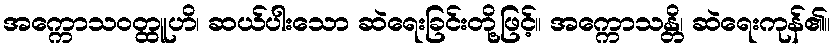
အက္ကောသဝတ္ထူဟိ၊ ဆယ်ပါးသော ဆဲရေးခြင်းတို့ဖြင့်။ အက္ကောသန္တိ၊ ဆဲရေးကုန်၏။